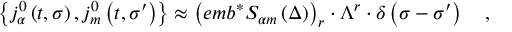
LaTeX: \left\{ j _ { \alpha } ^ { 0 } \left( t , \sigma \right) , j _ { m } ^ { 0 } \left( t , \sigma ^ { \prime } \right) \right\} \approx \left( e m b ^ { * } S _ { \alpha m } \left( \Delta \right) \right) _ { r } \cdot \Lambda ^ { r } \cdot \delta \left( \sigma - \sigma ^ { \prime } \right) \quad ,